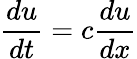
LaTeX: \frac{du}{dt}=c\frac{du}{dx}